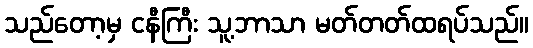
သည်တော့မှ ငနီကြီး သူ့ဘာသာ မတ်တတ်ထရပ်သည်။